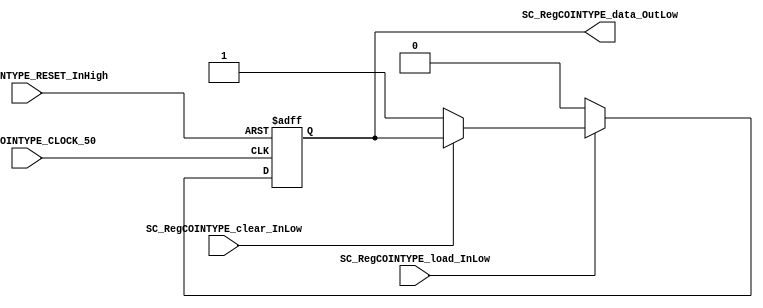
/*######################################################################
//#	G0B1T: HDL EXAMPLES. 2018.
//######################################################################
//# Copyright (C) 2018. F.E.Segura-Quijano (FES) fsegura@uniandes.edu.co
//# 
//# This program is free software: you can redistribute it and/or modify
//# it under the terms of the GNU General Public License as published by
//# the Free Software Foundation, version 3 of the License.
//#
//# This program is distributed in the hope that it will be useful,
//# but WITHOUT ANY WARRANTY; without even the implied warranty of
//# MERCHANTABILITY or FITNESS FOR A PARTICULAR PURPOSE.  See the
//# GNU General Public License for more details.
//#
//# You should have received a copy of the GNU General Public License
//# along with this program.  If not, see <http://www.gnu.org/licenses/>
//####################################################################*/
//=======================================================
//  MODULE Definition
//=======================================================
module SC_RegCOINTYPE #(parameter DATA_FIXED_INITREGCOIN=1'b1)(
	//////////// OUTPUTS //////////
	SC_RegCOINTYPE_data_OutLow,
	
	//////////// INPUTS //////////
	SC_RegCOINTYPE_CLOCK_50,
	SC_RegCOINTYPE_RESET_InHigh,
	SC_RegCOINTYPE_clear_InLow, 
	SC_RegCOINTYPE_load_InLow 
);
//=======================================================
//  PARAMETER declarations
//=======================================================

//=======================================================
//  PORT declarations
//=======================================================
output	SC_RegCOINTYPE_data_OutLow;
input		SC_RegCOINTYPE_CLOCK_50;
input		SC_RegCOINTYPE_RESET_InHigh;
input		SC_RegCOINTYPE_clear_InLow;
input		SC_RegCOINTYPE_load_InLow;	
//=======================================================
//  REG/WIRE declarations
//=======================================================
reg RegCOINTYPE_Register;
reg RegCOINTYPE_Signal;
//=======================================================
//  Structural coding
//=======================================================
//INPUT LOGIC: COMBINATIONAL
always @(*)
begin
	if (SC_RegCOINTYPE_load_InLow == 1'b0)
		RegCOINTYPE_Signal = 1'b0;
	else if (SC_RegCOINTYPE_clear_InLow == 1'b0)
		RegCOINTYPE_Signal = DATA_FIXED_INITREGCOIN;
	else
		RegCOINTYPE_Signal = RegCOINTYPE_Register;
	end	
//STATE REGISTER: SEQUENTIAL
always @(posedge SC_RegCOINTYPE_CLOCK_50, posedge SC_RegCOINTYPE_RESET_InHigh)
begin
	if (SC_RegCOINTYPE_RESET_InHigh == 1'b1)
		RegCOINTYPE_Register <= 0;
	else
		RegCOINTYPE_Register <= RegCOINTYPE_Signal;
end
//=======================================================
//  Outputs
//=======================================================
//OUTPUT LOGIC: COMBINATIONAL
assign SC_RegCOINTYPE_data_OutLow = RegCOINTYPE_Register;

endmodule